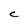
Character: C